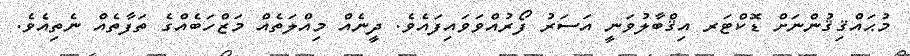
މުޙައްޤިޤުންނަށް ޑޮކްޓަރ އިޤްބާލުވަނީ އަސަރު ފޯރުއްވަވައިފައެވެ. ދީނެއް މިއްލަތެއް މަޒްހަބެއްގެ ތަފާތެއް ނެތިއެވެ.